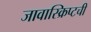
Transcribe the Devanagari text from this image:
जावास्क्रिप्टची